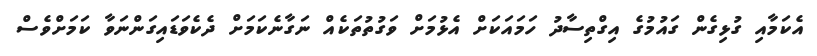
އެކަމާއި ގުޅިގެން ގައުމުގެ އިގްތިސާދު ހަމައަކަށް އެޅުމަށް ވަގުތުތަކެއް ނަގާނެކަމަށް ދެކެވަޑައިގަންނަވާ ކަމަށްވެސް